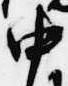
中